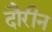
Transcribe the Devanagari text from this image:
दौरीन